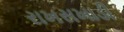
રાખસખાડી